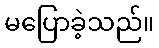
မပြောခဲ့သည်။